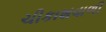
ચીકાશવાળી